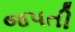
જપતી